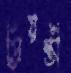
প্রিয়ন্তী